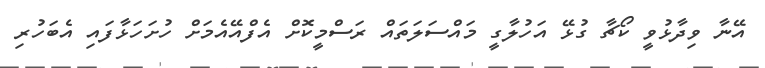
އޭނާ ވިދާޅުވީ ކޯޗާ ގުޅޭ އަހުލާގީ މައްސަލަތަައް ރަސްމީކޮށް އެފްއޭއެމަށް ހުށަހަޅާފައި އެބަހުރި